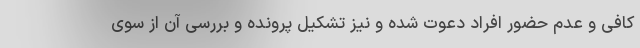
کافی و عدم حضور افراد دعوت شده و نیز تشکیل پرونده و بررسی آن از سوی